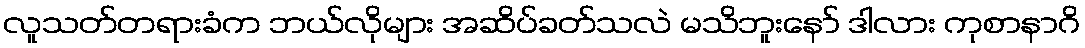
လူသတ်တရားခံက ဘယ်လိုများ အဆိပ်ခတ်သလဲ မသိဘူးနော် ဒါလား ကုစာနာဂိ